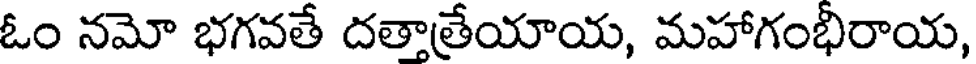
ఓం నమో భగవతే దతాత్రేయాయ, మహాగంభిరాయ,